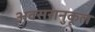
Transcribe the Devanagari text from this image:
अवसरानुकूल